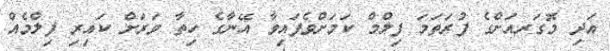
އަދި މޮގަރއަށްގެ ފުރަތަަމަ ފިލްމް ކަމަށްވެފައިވާ އޭނާގެ ހިތާ ވަރަށް ކައިރި ފިލްމެއް